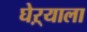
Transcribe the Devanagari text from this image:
घेऱ्याला